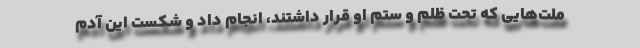
ملت‌هایی که تحت ظلم و ستم او قرار داشتند، انجام داد و شکست این آدم